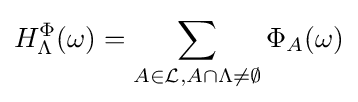
H_{\Lambda }^{\Phi }(\omega )=\sum _{A\in {\mathcal {L}},A\cap \Lambda \neq \emptyset }\Phi _{A}(\omega )